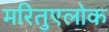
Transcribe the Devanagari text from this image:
मरितुएलोक